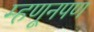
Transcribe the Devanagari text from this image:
म्हणूनपण